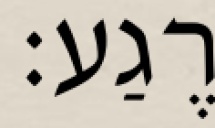
רֶגַע: